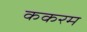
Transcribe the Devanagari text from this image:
ककरम